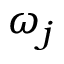
\omega _ { j }